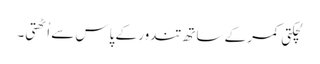
لچکتی کمر کے ساتھ تندور کے پاس سے اُٹھتی۔